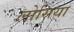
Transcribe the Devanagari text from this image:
लोसिया